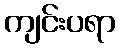
ကျင်းပရာ